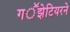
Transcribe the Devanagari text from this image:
गॕझेटियरने